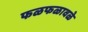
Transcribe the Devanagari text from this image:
फळफळावळे